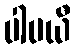
ပါပယီ